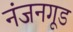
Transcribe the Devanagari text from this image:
नंजनगूड